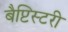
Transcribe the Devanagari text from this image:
बैप्टिस्टरी